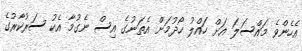
އެހެންވެ މައްސަލަ އަށް ހައްލު ހޯދުމަށް އެތަނުގެ އިސް ނެގުމާ އެކު ސަރުކާރުގެ